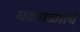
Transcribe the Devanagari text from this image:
घड्याळ्याचे